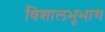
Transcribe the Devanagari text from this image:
विशालभूभाग